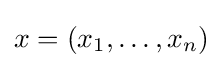
x=\left(x_{1},\ldots ,x_{n}\right)